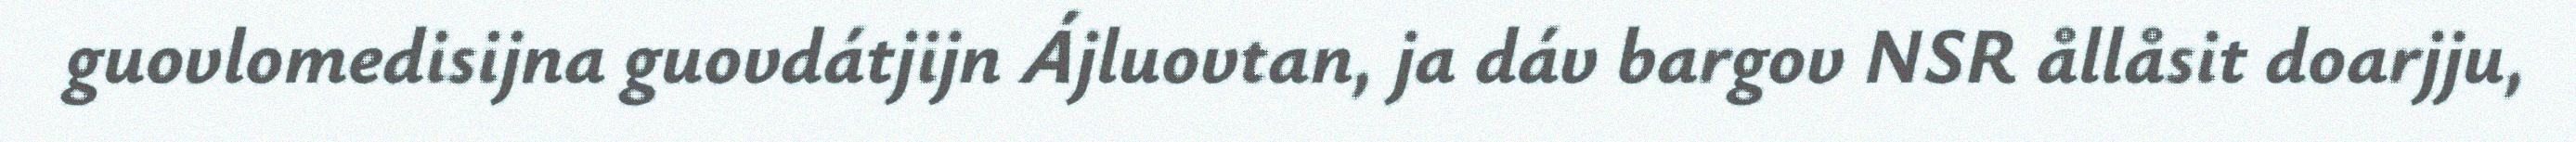
guovlomedisijna guovdátjijn Ájluovtan, ja dáv bargov NSR ållåsit doarjju,